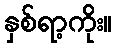
နှစ်ရာ့ကိုး။